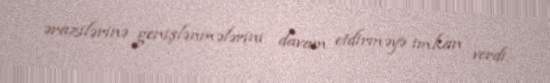
ərazilərinə genişlənmələrini davam etdirməyə imkan verdi.